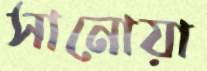
সানোয়া